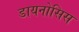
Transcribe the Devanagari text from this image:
डायनोसिस